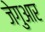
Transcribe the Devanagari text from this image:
जेगुआर